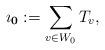
LaTeX: \begin{align*}{\bf \imath_0}:=\sum_{v\in W_0} T_v,\end{align*}